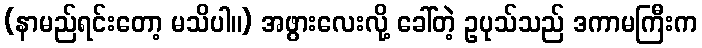
(နာမည်ရင်းတော့ မသိပါ။) အဖွားလေးလို့ ခေါ်တဲ့ ဥပုသ်သည် ဒကာမကြီးက